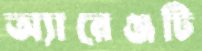
অ্যারেঞ্জটি